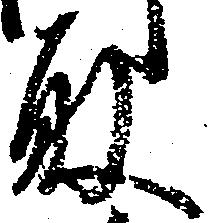
取